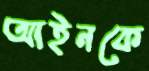
আইনকে